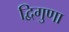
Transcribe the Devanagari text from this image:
द्विगुणा